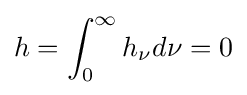
h=\int _{0}^{\infty }h_{\nu }d\nu =0